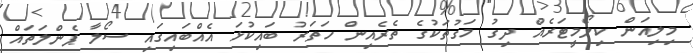
މިލިއަން ކިލޯމީޓަރެއް ދިގު މަގުތަކުގެ ތެރެއިން ހަތަރު ބައިކުޅަ އެއްބައިގައި ސޯލާ ޕެންލަތައް